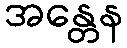
အန္တေန